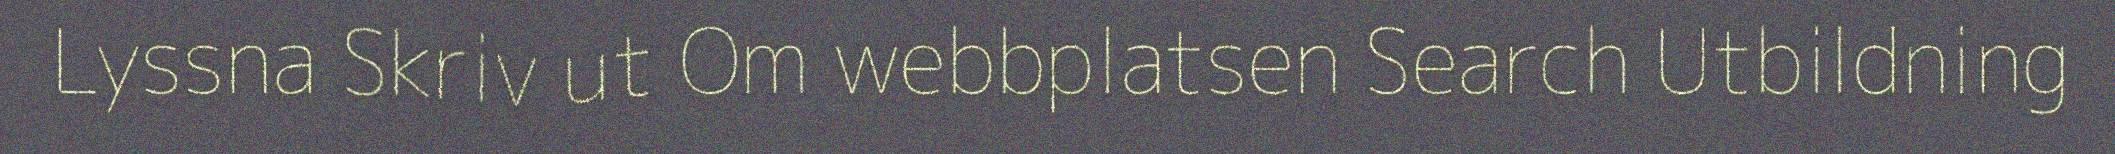
Lyssna Skriv ut Om webbplatsen Search Utbildning